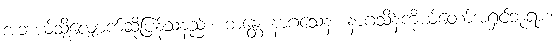
အဘယ်သို့လျှောက်ဆိုပြန်သနည်း။ ဘန္တေ နာဂသေန၊ နာဂသိန်ကိုယ်တော်အရှင်ဘုရား။